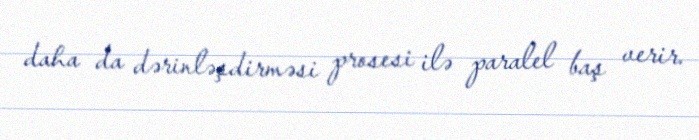
daha da dərinləşdirməsi prosesi ilə paralel baş verir.